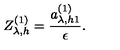
Z _ { \lambda , h } ^ { ( 1 ) } = \frac { a _ { \lambda , h 1 } ^ { ( 1 ) } } { \epsilon } .